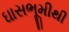
ઘાસભૂમીથી